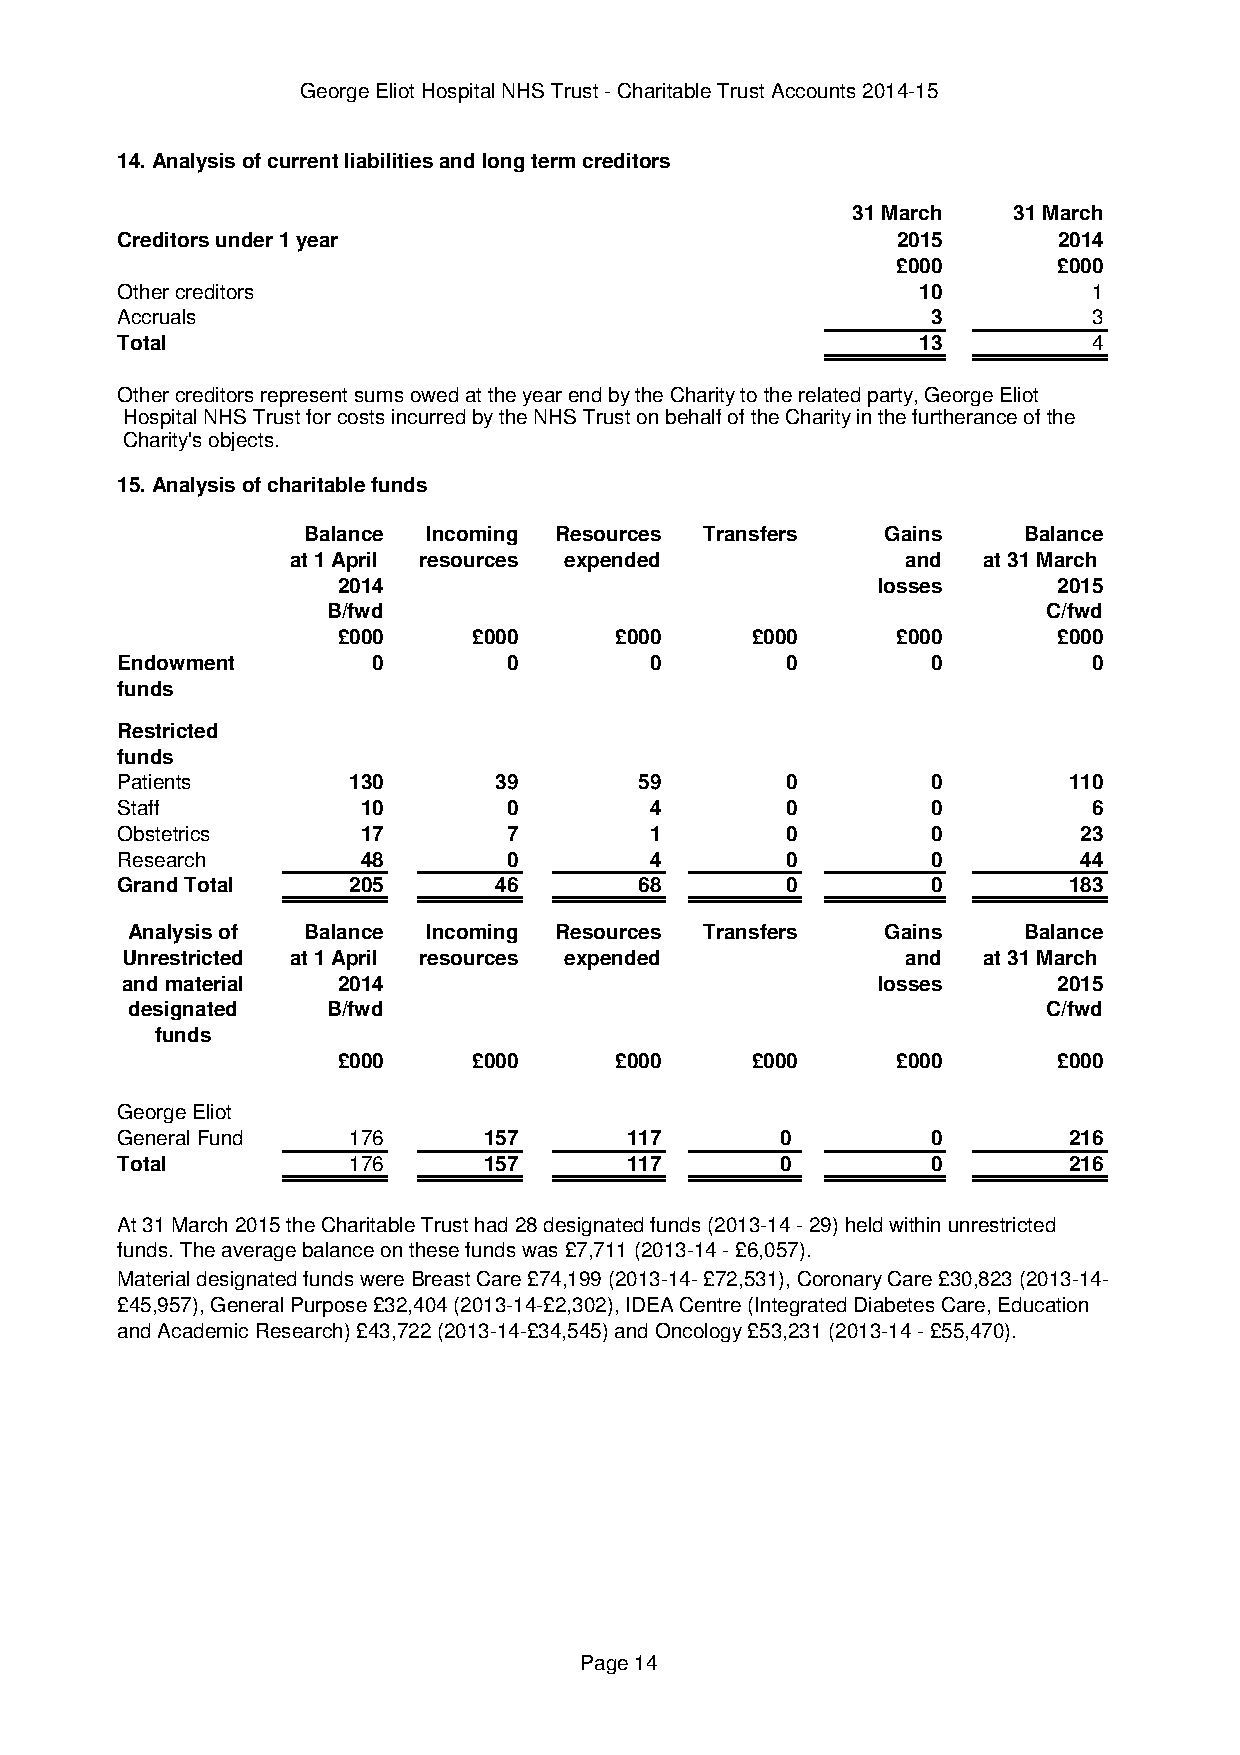
George Eliot Hospital NHS Trust - Charitable Trust Accounts 2014-15
 14. Analysis of current liabilities and long term creditors
 31 March   31 March
 Creditors under 1 year                             2015       2014
 £000       £000
 Other creditors                                      10         1
 Accruals                                              3         3
 Total                                                13         4
 Other creditors represent sums owed at the year end by the Charity to the related party, George Eliot
 Hospital NHS Trust for costs incurred by the NHS Trust on behalf of the Charity in the furtherance of the
 Charity's objects.
 15. Analysis of charitable funds
 Balance Incoming Resources Transfers   Gains    Balance
 at 1 April resources expended            and  at 31 March
 2014                                losses      2015
 B/fwd                                          C/fwd
 £000     £000      £000     £000     £000       £000
 Endowment        0        0        0        0         0         0
 funds
 Restricted
 funds
 Patients       130       39       59        0         0        110
 Staff           10        0        4        0         0         6
 Obstetrics      17        7        1        0         0        23
 Research        48        0        4        0         0        44
 Grand Total    205       46       68        0         0        183
 Analysis of Balance Incoming Resources Transfers   Gains    Balance
 Unrestricted at 1 April resources expended          and  at 31 March
 and material  2014                                losses      2015
 designated    B/fwd                                          C/fwd
 funds
 £000     £000      £000     £000     £000       £000
 George Eliot
 General Fund   176      157      117        0         0        216
 Total          176      157      117        0         0        216
 At 31 March 2015 the Charitable Trust had 28 designated funds (2013-14 - 29) held within unrestricted
 funds. The average balance on these funds was £7,711 (2013-14 - £6,057).
 Material designated funds were Breast Care £74,199 (2013-14- £72,531), Coronary Care £30,823 (2013-14-
 £45,957), General Purpose £32,404 (2013-14-£2,302), IDEA Centre (Integrated Diabetes Care, Education
 and Academic Research) £43,722 (2013-14-£34,545) and Oncology £53,231 (2013-14 - £55,470).
 Page 14